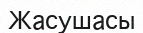
Жасушасы